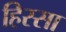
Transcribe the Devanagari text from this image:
हिस्सा